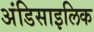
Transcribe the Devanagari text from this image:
अंडिसाइलिक